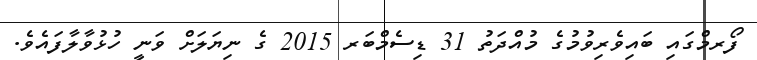
ފޯރމްގައި ބައިވެރިވުމުގެ މުއްދަތު 31 ޑިސެމްބަރ 2015 ގެ ނިޔަލަށް ވަނީ ހުޅުވާލާފައެވެ.